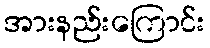
အားနည်းကြောင်း